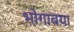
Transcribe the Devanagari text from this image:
भोगावया